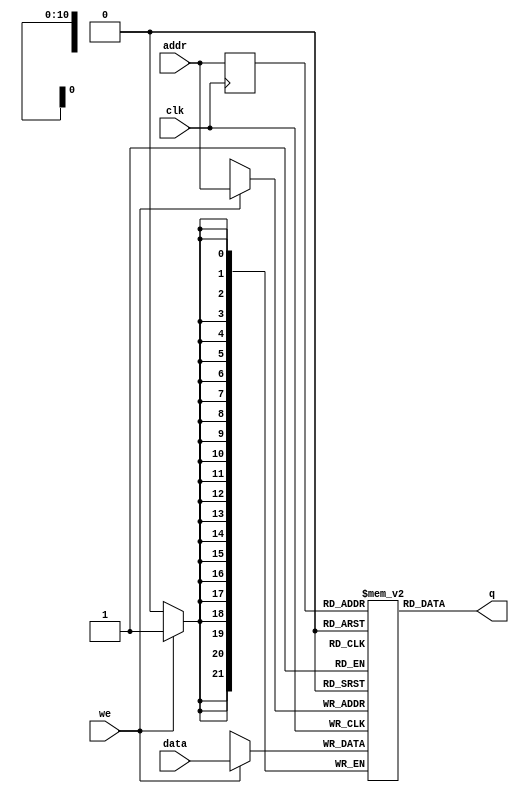
//led1 shift reg
module single_port_ram
(
	input [21:0] data,
	input [10:0] addr,
	input we, clk,
	output [21:0] q
);

	// Declare the RAM variable
	reg [21:0] ram[1025:0];  // need 1024 samples

	// Variable to hold the registered read address
	reg [10:0] addr_reg;
	
	always @ (posedge clk)
	begin
	// Write
		if (we)
			ram[addr] <= data;
		
		addr_reg <= addr;
		
	end
		
	// Continuous assignment implies read returns NEW data.
	// This is the natural behavior of the TriMatrix memory
	// blocks in Single Port mode.  
	assign q = ram[addr_reg];
	
endmodule